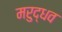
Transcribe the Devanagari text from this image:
मरुद्धव